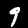
Digit: 9